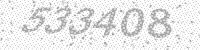
Solution: 533408